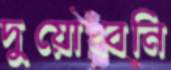
দুয়োধ্বনি